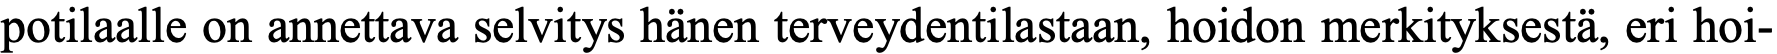
potilaalle on annettava selvitys hänen terveydentilastaan, hoidon merkityksestä, eri hoi-